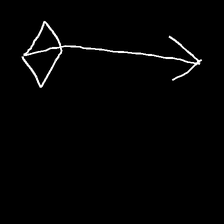
Glyph: focus